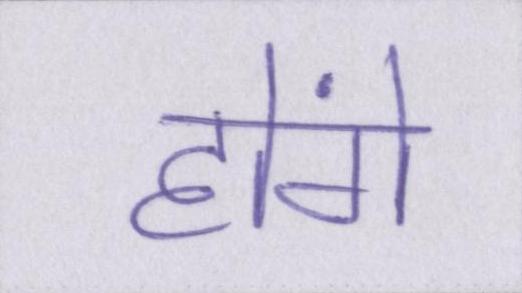
होंगे